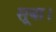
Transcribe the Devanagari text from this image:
सूबा।